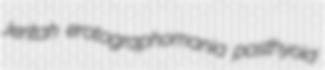
Jeritah erotographomania posthyoid